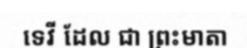
ទេវី ដែល ជា ព្រះមាតា